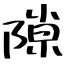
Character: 隙